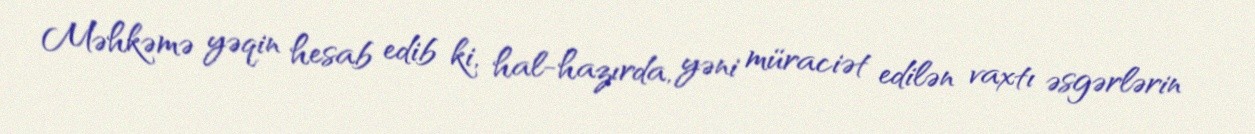
Məhkəmə yəqin hesab edib ki, hal-hazırda, yəni müraciət edilən vaxtı əsgərlərin